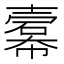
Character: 𢅍